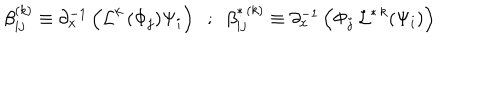
\beta _ { i j } ^ { ( k ) } \equiv \partial _ { x } ^ { - 1 } \left( { \cal L } ^ { k } \, ( \Phi _ { j } ) \Psi _ { i } \right) \; \; ; \; \; \beta _ { i j } ^ { * \, ( k ) } \equiv \partial _ { x } ^ { - 1 } \left( \Phi _ { j } \, { \cal L } ^ { * \, k } ( \Psi _ { i } ) \right)